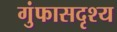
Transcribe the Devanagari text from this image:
गुंफासदृश्य